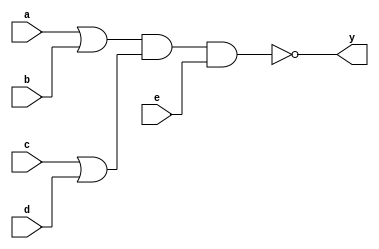
module comb_gate (a, b, c, d, e, y);
    input a, b, c, d, e;
    output y;

    assign y = ~((a | b) & (c | d) & e);
    
endmodule